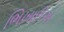
ભિખારીએ